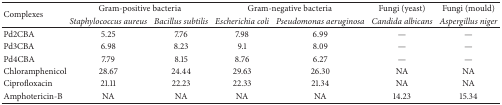
| <ROWSPAN=2> Complexes | <COLSPAN=2> Gram-positive bacteria | <COLSPAN=2> Gram-negative bacteria | Fungi (yeast) | Fungi (mould) |
 | Staphylococcus aureus | Bacillus subtilis | Escherichia coli | Pseudomonas aeruginosa | Candida albicans | Aspergillus niger |
 | --- | --- | --- | --- | --- | --- | --- |
 | Pd2CBA | 5.25 | 7.76 | 7.98 | 6.99 | — | — |
 | Pd3CBA | 6.98 | 8.23 | 9.1 | 8.09 | — | — |
 | Pd4CBA | 7.79 | 8.15 | 8.76 | 6.27 | — | — |
 | Chloramphenicol | 28.67 | 24.44 | 29.63 | 26.30 | NA | NA |
 | Ciprofloxacin | 21.11 | 22.23 | 22.33 | 21.34 | NA | NA |
 | Amphotericin-B | NA | NA | NA | NA | 14.23 | 15.34 |